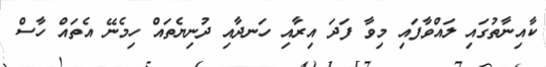
ކާއިނާތުގައި ލައްވާފައި މިވާ ފަދަ އިރާއި ހަނދާއި ދުނިޔެތައް ހިމެނޭ އެތައް ހާސް